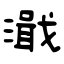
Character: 濈